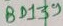
Text: BD139